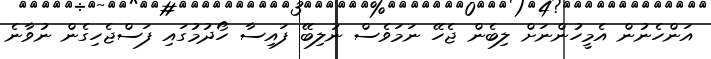
އަންހެނުން އެމީހުންނަށް ލިބެން ޖެހޭ ނަމަވެސް ނުލިބޭ ފައިސާ ހޯދުމުގައި ފަސްޖެހިގެން ނުވާނެ